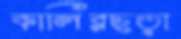
কালিরছড়া